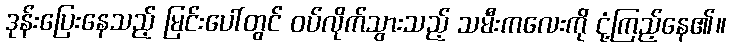
ဒုန်းပြေးနေသည့် မြင်းပေါ်တွင် ဝပ်လိုက်သွားသည့် သမီးကလေးကို ငုံ့ကြည့်နေ၏။